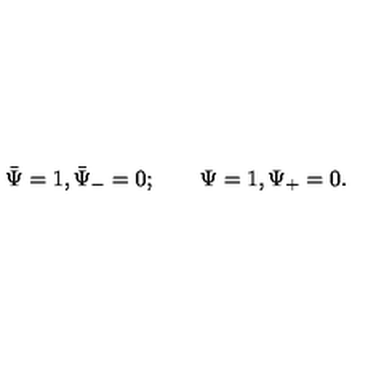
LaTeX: \bar { \Psi } = 1 , \bar { \Psi } _ { - } = 0 ; \qquad \Psi = 1 , \Psi _ { + } = 0 .